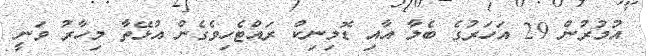
އުމުރުން 29 އަހަރުގެ ބެލާ އާއި ޑޮމިނިކް ރައްޓެހިވެގެން އުޅޭތާ މިހާރު ވަނީ